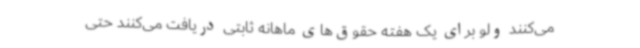
می‌کنند ولو برای یک هفته حقوق‌های ماهانه ثابتی دریافت می‌کنند حتی